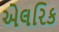
એલરિક